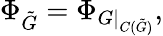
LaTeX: \Phi_{\tilde{G}}=\Phi_{G\mid_{C(\tilde{G})}},